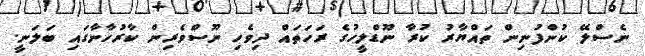
ނެސްލޭ ކުންފުނިން ތައްޔާރު ކުރާ ނޫޑްލީހުގެ ރަހަތައް ދިވެހި ނޫސްވެރިން ކާރުހާނާގައި ބަލަނީ.